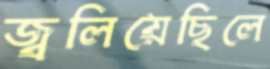
জ্বলিয়েছিলে